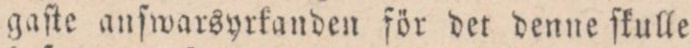
gaſte anſwarsyrkanden för det denne ſkulle